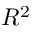
R ^ { 2 }